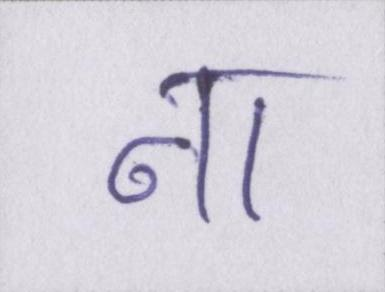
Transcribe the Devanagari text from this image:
ना